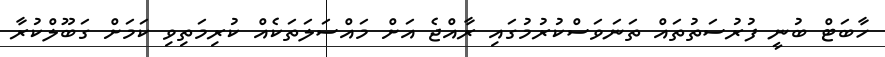
ހާބަޓް ބުނީ ފުރުސަތުތައް ތަނަވަސްކުރުމުގައި ރާއްޖެ އަށް މައްސަލަތަކެއް ކުރިމަތިވި ކަމަށް ގަބޫލްކުރާ